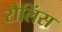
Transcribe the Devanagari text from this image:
रौलिंस